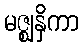
မဇ္ဈနှိကာ